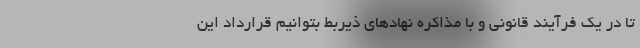
تا در یک فرآیند قانونی و با مذاکره نهادهای ذیربط بتوانیم قرارداد این